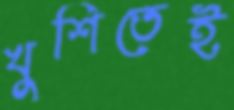
খুশিতেই